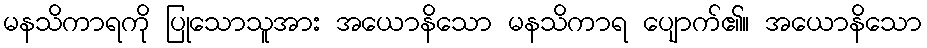
မနသိကာရကို ပြုသောသူအား အယောနိသော မနသိကာရ ပျောက်၏။ အယောနိသော